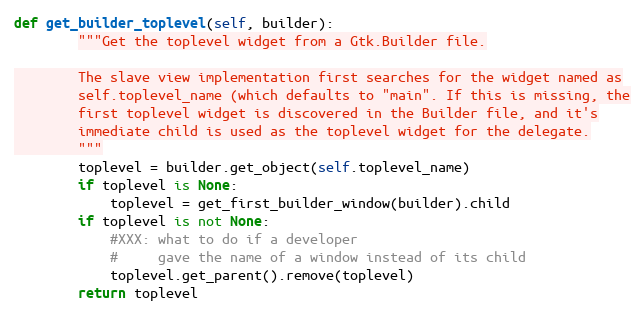
Language: Python
def get_builder_toplevel(self, builder):
        """Get the toplevel widget from a Gtk.Builder file.

        The slave view implementation first searches for the widget named as
        self.toplevel_name (which defaults to "main". If this is missing, the
        first toplevel widget is discovered in the Builder file, and it's
        immediate child is used as the toplevel widget for the delegate.
        """
        toplevel = builder.get_object(self.toplevel_name)
        if toplevel is None:
            toplevel = get_first_builder_window(builder).child
        if toplevel is not None:
            #XXX: what to do if a developer
            #     gave the name of a window instead of its child
            toplevel.get_parent().remove(toplevel)
        return toplevel